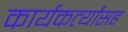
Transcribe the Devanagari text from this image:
कार्यकर्त्यांसह